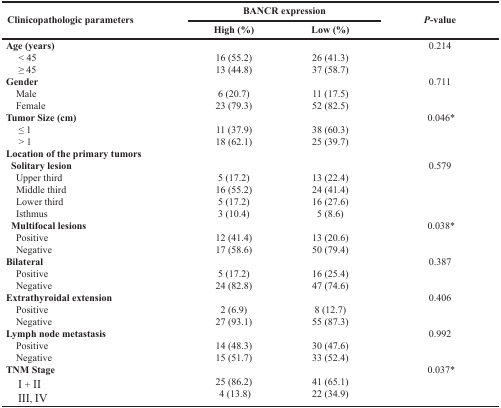
<table><thead><tr><td rowspan="2"><b>Clinicopathologic parameters</b></td><td colspan="2"><b>BANCR expression</b></td><td rowspan="2"><b><i>P</i>-value</b></td></tr><tr><td><b>High (%)</b></td><td><b>Low (%)</b></td></tr></thead><tbody><tr><td><b>Age (years)</b></td><td></td><td></td><td>0.214</td></tr><tr><td> &lt; 45</td><td>16 (55.2)</td><td>26 (41.3)</td><td></td></tr><tr><td> ≥ 45</td><td>13 (44.8)</td><td>37 (58.7)</td><td></td></tr><tr><td><b>Gender</b></td><td></td><td></td><td>0.711</td></tr><tr><td> Male</td><td>6 (20.7)</td><td>11 (17.5)</td><td></td></tr><tr><td> Female</td><td>23 (79.3)</td><td>52 (82.5)</td><td></td></tr><tr><td><b>Tumor Size (cm)</b></td><td></td><td></td><td>0.046*</td></tr><tr><td> ≤ 1</td><td>11 (37.9)</td><td>38 (60.3)</td><td></td></tr><tr><td> &gt; 1</td><td>18 (62.1)</td><td>25 (39.7)</td><td></td></tr><tr><td><b>Location of the primary tumors Solitary lesion</b></td><td></td><td></td><td>0.579</td></tr><tr><td> Upper third</td><td>5 (17.2)</td><td>13 (22.4)</td><td></td></tr><tr><td> Middle third</td><td>16 (55.2)</td><td>24 (41.4)</td><td></td></tr><tr><td> Lower third</td><td>5 (17.2)</td><td>16 (27.6)</td><td></td></tr><tr><td> Isthmus</td><td>3 (10.4)</td><td>5 (8.6)</td><td></td></tr><tr><td><b>Multifocal lesions</b></td><td></td><td></td><td>0.038*</td></tr><tr><td> Positive</td><td>12 (41.4)</td><td>13 (20.6)</td><td></td></tr><tr><td> Negative</td><td>17 (58.6)</td><td>50 (79.4)</td><td></td></tr><tr><td><b>Bilateral</b></td><td></td><td></td><td>0.387</td></tr><tr><td> Positive</td><td>5 (17.2)</td><td>16 (25.4)</td><td></td></tr><tr><td> Negative</td><td>24 (82.8)</td><td>47 (74.6)</td><td></td></tr><tr><td><b>Extrathyroidal extension</b></td><td></td><td></td><td>0.406</td></tr><tr><td> Positive</td><td>2 (6.9)</td><td>8 (12.7)</td><td></td></tr><tr><td> Negative</td><td>27 (93.1)</td><td>55 (87.3)</td><td></td></tr><tr><td><b>Lymph node metastasis</b></td><td></td><td></td><td>0.992</td></tr><tr><td> Positive</td><td>14 (48.3)</td><td>30 (47.6)</td><td></td></tr><tr><td> Negative</td><td>15 (51.7)</td><td>33 (52.4)</td><td></td></tr><tr><td><b>TNM Stage</b></td><td></td><td></td><td>0.037*</td></tr><tr><td> I + II</td><td>25 (86.2)</td><td>41 (65.1)</td><td></td></tr><tr><td> III, IV</td><td>4 (13.8)</td><td>22 (34.9)</td><td></td></tr></tbody></table>